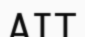
АІТ